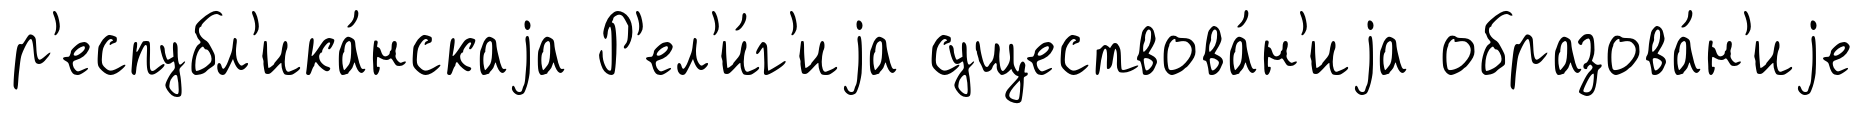
р'еспубл'ика́нскаjа Р'ел'и́г'иjа существова́н'иjа образова́н'иjе